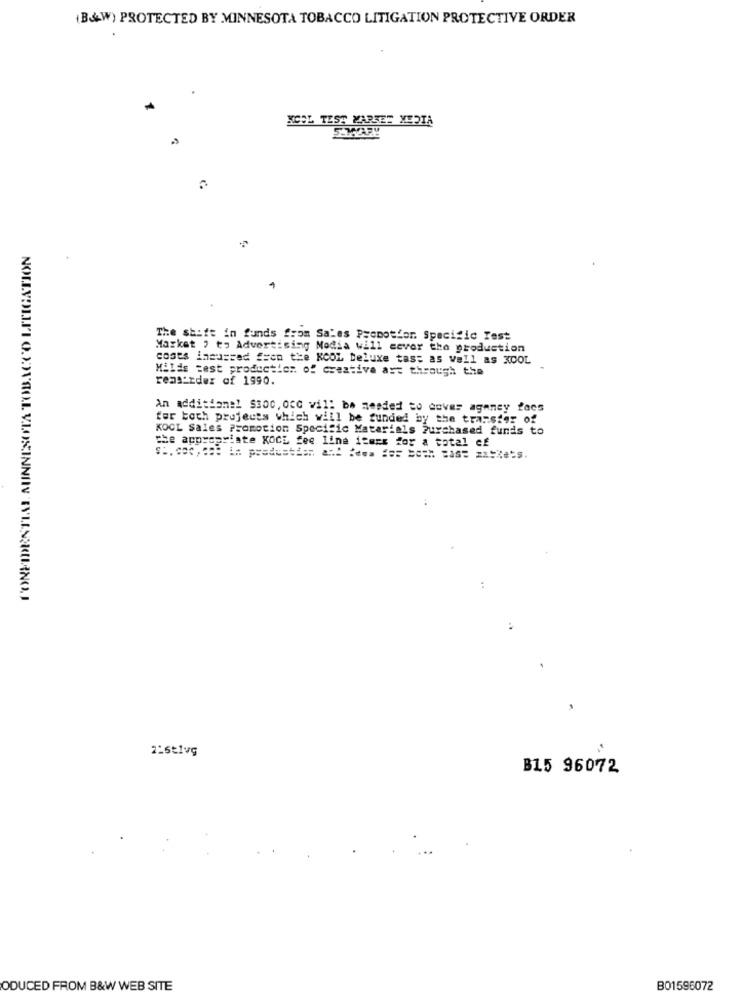
(B&W) PROTECTED BY MINNESOTA TOBACCO LITIGATION PROTECTIVE ORDER
NICOL TEST MARSE" MEDTA
5.MARY
The shift in funds from Sales Promotion. Specific Test
Market , to Advertising Modia will cover the production
costs incurred f=on the KCOL Deluxe tas: as well as KOOL
Milds test production of creative ast through the
reas:rder of 1990.
An additional SBoc, occ will be needed to cover ageney 2acs
for both projects which will be funded by the transfer of
KOCL Sales Promotion Specific Materials Purchased funds to
the appropriate KOCL fee line items for a total cf
B15 96072
ODUCED FROM B&W WEB SITE
B01596072